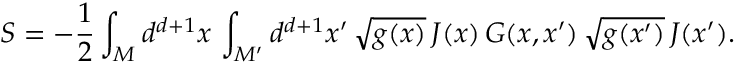
S = - \frac { 1 } { 2 } \int _ { M } d ^ { d + 1 } x \, \int _ { M ^ { \prime } } d ^ { d + 1 } x ^ { \prime } \, \sqrt { g ( x ) } \, J ( x ) \, G ( x , x ^ { \prime } ) \, \sqrt { g ( x ^ { \prime } ) } \, J ( x ^ { \prime } ) .